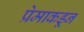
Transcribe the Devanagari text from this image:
प्रेमाकडून